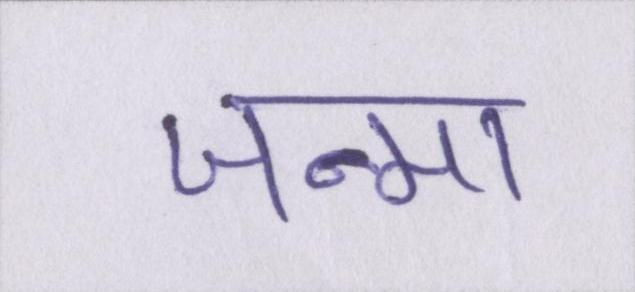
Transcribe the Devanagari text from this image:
जन्मा